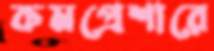
কমপ্রেশারে